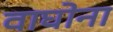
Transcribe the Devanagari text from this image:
वाघोना